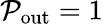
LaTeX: \mathcal{P}_{\mathrm{{out}}}=1